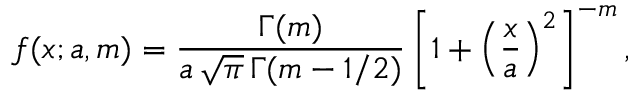
f ( x ; a , m ) = { \frac { \Gamma ( m ) } { a \, { \sqrt { \pi } } \, \Gamma ( m - 1 / 2 ) } } \left[ 1 + \left( { \frac { x } { a } } \right) ^ { 2 } \right] ^ { - m } ,